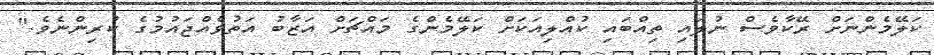
ކަލޭމެންނަށް ރޭކާވެސް ނުލައި ތިއްބައި ކުއްލިއަކަށް ކަލޭމެންގެ މައްޗަށް އަޒާބު އަތުވެއްޖައުމުގެ ކުރިންނެވެ."